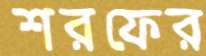
শরফের